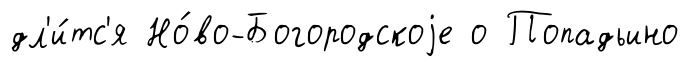
дл'и́тс'я Но́во-Богородскоjе о Попадьино